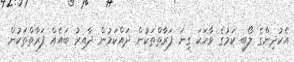
އެކުދިންގެ ލޯބި ކަމުގެ ވާހަކަ ގިނަ ފަރާތްތަކުން ދައްކަމުން ދާއިރު ބައެއް ފަރާތްތަކުން